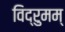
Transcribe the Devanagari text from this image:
विद्रुमम्